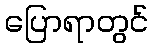
ပြောရာတွင်